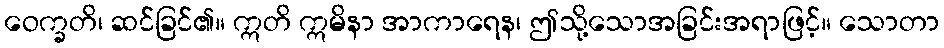
ဝေက္ခတိ၊ ဆင်ခြင်၏။ ဣတိ ဣမိနာ အာကာရေန၊ ဤသို့သောအခြင်းအရာဖြင့်။ သောတာ